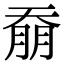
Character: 𭑚